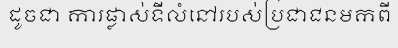
ដូចជា ការផ្លាស់ទីលំនៅរបស់ប្រជាជនមកពី